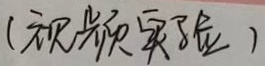
（视频实验）